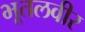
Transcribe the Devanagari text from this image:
भूतलवीर